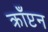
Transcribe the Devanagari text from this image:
क्राँप्टन